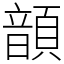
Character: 𩐳